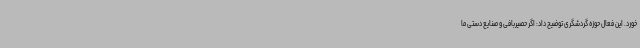
خورد. این فعال حوزه گردشگری توضیح داد: اگر حصیربافی و صنایع دستی ما